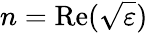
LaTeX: n=\mathrm{Re}(\sqrt{\varepsilon})